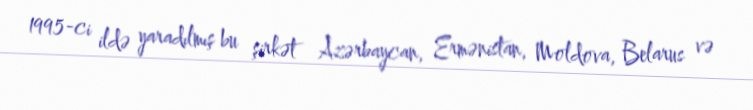
1995-ci ildə yaradılmış bu şirkət Azərbaycan, Ermənistan, Moldova, Belarus və